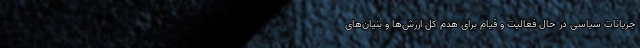
جریانات سیاسی در حال فعالیت و قیام برای هدم کل ارزش‌ها و بنیان‌های